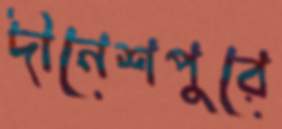
দীনেশপুরে